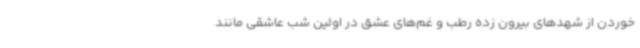
خوردن از شهدهای بیرون زده رطب و غم‌های عشق در اولین شب عاشقی مانند